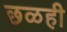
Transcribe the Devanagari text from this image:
छळही